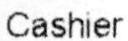
CASHIER